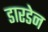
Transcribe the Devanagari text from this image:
डारडेन